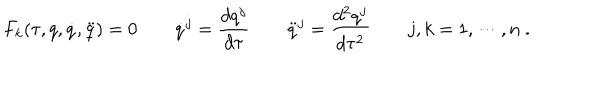
F _ { k } ( \tau , q , \dot { q } , \ddot { q } ) = 0 \qquad \dot { q } ^ { j } = \frac { d q ^ { j } } { d \tau } \qquad \ddot { q } ^ { j } = \frac { d ^ { 2 } q ^ { j } } { d \tau ^ { 2 } } \qquad j , k = 1 , \cdots , n \ .